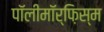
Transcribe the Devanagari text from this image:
पॉलीमॉर्फ़िस्म